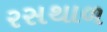
રસથાળ